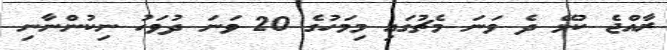
ރާއްޖެ ކުޅޭ ދެ ވަނަ މެޗުގައި މިމަހުގެ 20 ވަނަ ދުވަހު ނިކުންނާނި